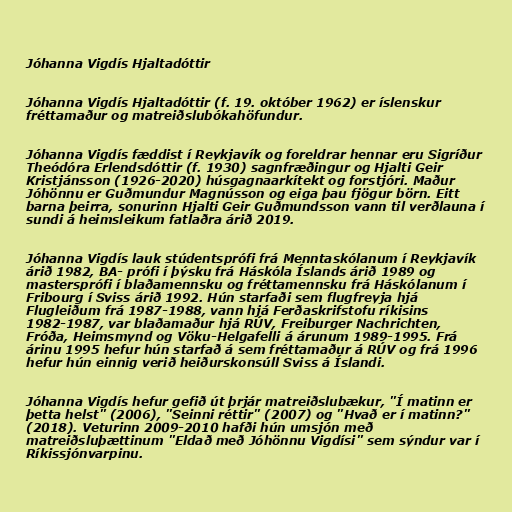
Jóhanna Vigdís Hjaltadóttir

Jóhanna Vigdís Hjaltadóttir (f. 19. október 1962) er íslenskur
fréttamaður og matreiðslubókahöfundur.

Jóhanna Vigdís fæddist í Reykjavík og foreldrar hennar eru Sigríður
Theódóra Erlendsdóttir (f. 1930) sagnfræðingur og Hjalti Geir
Kristjánsson (1926-2020) húsgagnaarkítekt og forstjóri. Maður
Jóhönnu er Guðmundur Magnússon og eiga þau fjögur börn. Eitt
barna þeirra, sonurinn Hjalti Geir Guðmundsson vann til verðlauna í
sundi á heimsleikum fatlaðra árið 2019.

Jóhanna Vigdís lauk stúdentsprófi frá Menntaskólanum í Reykjavík
árið 1982, BA- prófi í þýsku frá Háskóla Íslands árið 1989 og
mastersprófi í blaðamennsku og fréttamennsku frá Háskólanum í
Fribourg í Sviss árið 1992. Hún starfaði sem flugfreyja hjá
Flugleiðum frá 1987-1988, vann hjá Ferðaskrifstofu ríkisins
1982-1987, var blaðamaður hjá RÚV, Freiburger Nachrichten,
Fróða, Heimsmynd og Vöku-Helgafelli á árunum 1989-1995. Frá
árinu 1995 hefur hún starfað á sem fréttamaður á RÚV og frá 1996
hefur hún einnig verið heiðurskonsúll Sviss á Íslandi.

Jóhanna Vigdís hefur gefið út þrjár matreiðslubækur, "Í matinn er
þetta helst" (2006), "Seinni réttir" (2007) og "Hvað er í matinn?"
(2018). Veturinn 2009-2010 hafði hún umsjón með
matreiðsluþættinum "Eldað með Jóhönnu Vigdísi" sem sýndur var í
Ríkissjónvarpinu.